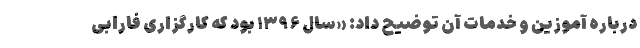
درباره آموزین و خدمات آن توضیح داد: «سال ۱۳۹۶ بود که کارگزاری فارابی